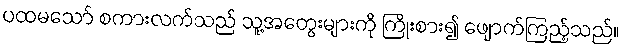
ပထမသော် စကားလက်သည် သူ့အတွေးများကို ကြိုးစား၍ ဖျောက်ကြည့်သည်။